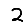
Digit: 2